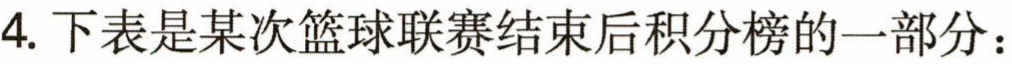
4. 下表是某次篮球联赛结束后积分榜的一部分：